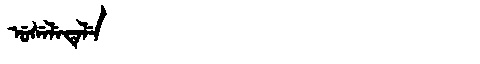
Manchu: ᡠᠰᡝᠯᡝᡨᡝᠯᡝ
Romanization: USELETELE